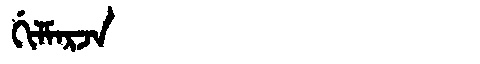
Manchu: ᡤᡳᠯᠮᠠᡵᠵᠠ
Romanization: GILMARJA